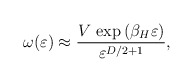
\begin{align*}\omega(\varepsilon) \approx{V\,\exp{(\beta_H\varepsilon)}\over \varepsilon^{D/2+1}} ,\end{align*}